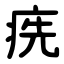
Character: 㾌